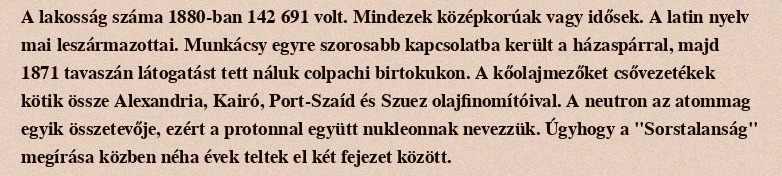
A lakosság száma 1880-ban 142 691 volt. Mindezek középkorúak vagy idősek. A latin nyelv mai leszármazottai. Munkácsy egyre szorosabb kapcsolatba került a házaspárral, majd 1871 tavaszán látogatást tett náluk colpachi birtokukon. A kőolajmezőket csővezetékek kötik össze Alexandria, Kairó, Port-Szaíd és Szuez olajfinomítóival. A neutron az atommag egyik összetevője, ezért a protonnal együtt nukleonnak nevezzük. Úgyhogy a "Sorstalanság" megírása közben néha évek teltek el két fejezet között.